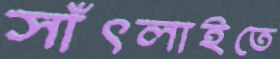
সাঁৎলাইতে